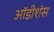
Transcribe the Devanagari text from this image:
ऑडीशंस